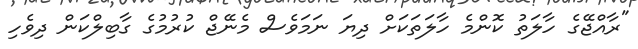
"ރާއްޖޭގެ ހާލަތު ކޮންމެ ހާލަތަކަށް ދިޔަ ނަމަވެސް މެނޭޖް ކުރުމުގެ ގާބިލްކަން ދިވެހި